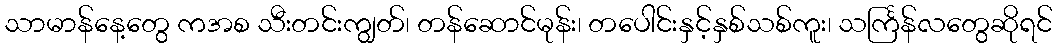
သာမာန်နေ့တွေ ကအစ သီးတင်းကျွတ်၊ တန်ဆောင်မုန်း၊ တပေါင်းနှင့်နှစ်သစ်ကူး၊ သင်္ကြန်လတွေဆိုရင်